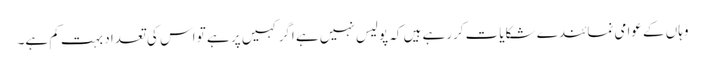
وہاں کے عوامی نمائندے شکایات کررہے ہیں کہ پولیس نہیں ہے اگر کہیں پر ہے تو اس کی تعداد بہت کم ہے۔